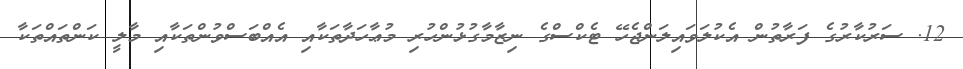
12. ސަރުކާރުގެ ފަރާތުން އެކުލަވައިލަންޖެހޭ ޓެކްސްގެ ނިޒާމާގުޅުންހުރި މުޢާހަދާތަކާއި އެއްބަސްވުންތަކާއި މާލީ ކަންތައްތަކާ